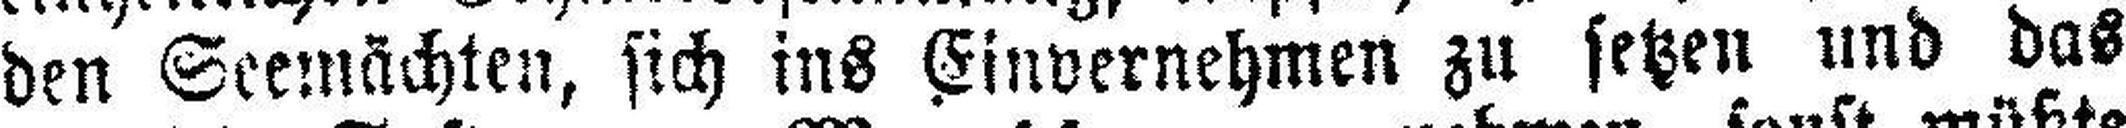
den Seemächten, sich ins Einvernehmen zu setzen und das